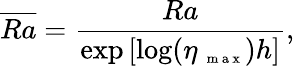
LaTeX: \overline{{Ra}}=\frac{Ra}{\mathrm{exp}\left[\mathrm{log}(\eta_{\mathrm{~\scriptsize~m~a~x~}})h\right]},